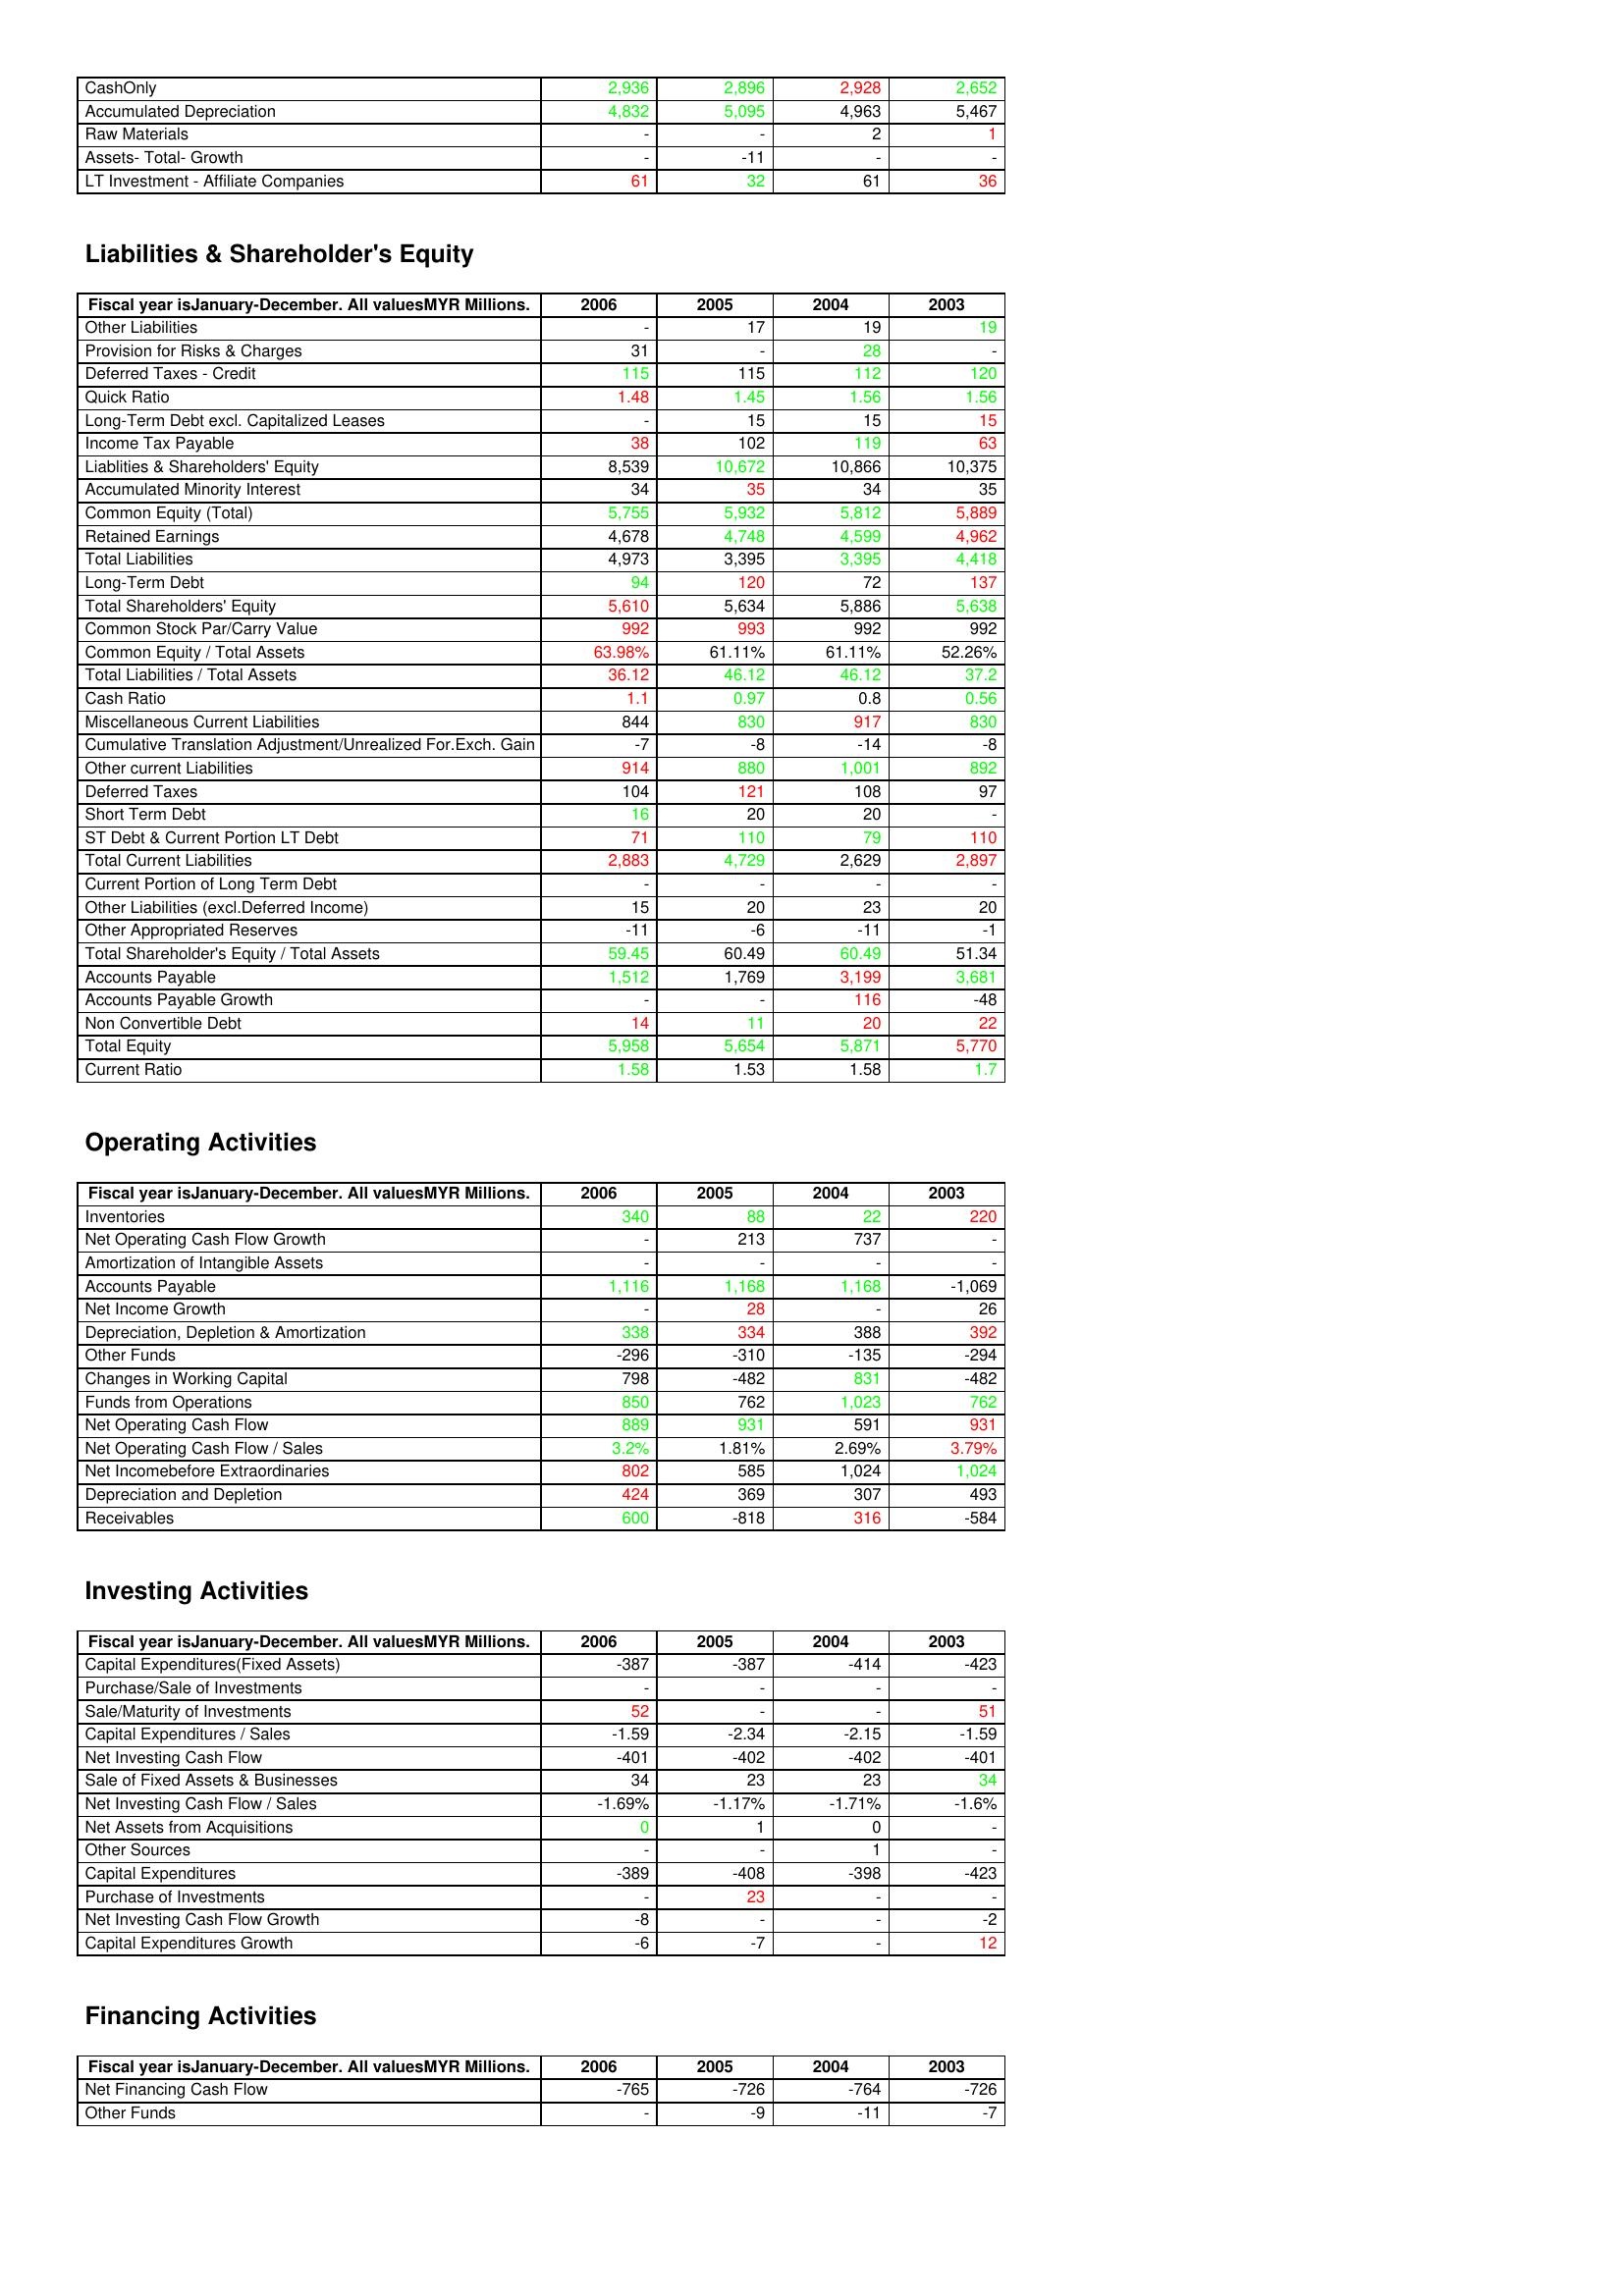
gt_parse: 2006: Assets: CashOnly: 2,936
Accumulated Depreciation: 4,832
Raw Materials: -
Assets- Total- Growth: -
LT Investment - Affiliate Companies: 61
Liabilities & Shareholder's Equity: Other Liabilities: -
Provision for Risks & Charges: 31
Deferred Taxes - Credit: 115
Quick Ratio: 1.48
Long-Term Debt excl. Capitalized Leases: -
Income Tax Payable: 38
Liablities & Shareholders' Equity: 8,539
Accumulated Minority Interest: 34
Common Equity (Total): 5,755
Retained Earnings: 4,678
Total Liabilities: 4,973
Long-Term Debt: 94
Total Shareholders' Equity: 5,610
Common Stock Par/Carry Value: 992
Common Equity / Total Assets: 63.98%
Total Liabilities / Total Assets: 36.12
Cash Ratio: 1.1
Miscellaneous Current Liabilities: 844
Cumulative Translation Adjustment/Unrealized For.Exch. Gain: -7
Other current Liabilities: 914
Deferred Taxes: 104
Short Term Debt: 16
ST Debt & Current Portion LT Debt: 71
Total Current Liabilities: 2,883
Current Portion of Long Term Debt: -
Other Liabilities (excl.Deferred Income): 15
Other Appropriated Reserves: -11
Total Shareholder's Equity / Total Assets: 59.45
Accounts Payable: 1,512
Accounts Payable Growth: -
Non Convertible Debt: 14
Total Equity: 5,958
Current Ratio: 1.58
Operating Activities: Inventories: 340
Net Operating Cash Flow Growth: -
Amortization of Intangible Assets: -
Accounts Payable: 1,116
Net Income Growth: -
Depreciation, Depletion & Amortization: 338
Other Funds: -296
Changes in Working Capital: 798
Funds from Operations: 850
Net Operating Cash Flow: 889
Net Operating Cash Flow / Sales: 3.2%
Net Incomebefore Extraordinaries: 802
Depreciation and Depletion: 424
Receivables: 600
Investing Activities: Capital Expenditures(Fixed Assets): -387
Purchase/Sale of Investments: -
Sale/Maturity of Investments: 52
Capital Expenditures / Sales: -1.59
Net Investing Cash Flow: -401
Sale of Fixed Assets & Businesses: 34
Net Investing Cash Flow / Sales: -1.69%
Net Assets from Acquisitions: 0
Other Sources: -
Capital Expenditures: -389
Purchase of Investments: -
Net Investing Cash Flow Growth: -8
Capital Expenditures Growth: -6
Financing Activities: Net Financing Cash Flow: -765
Other Funds: -
2005: Assets: CashOnly: 2,896
Accumulated Depreciation: 5,095
Raw Materials: -
Assets- Total- Growth: -11
LT Investment - Affiliate Companies: 32
Liabilities & Shareholder's Equity: Other Liabilities: 17
Provision for Risks & Charges: -
Deferred Taxes - Credit: 115
Quick Ratio: 1.45
Long-Term Debt excl. Capitalized Leases: 15
Income Tax Payable: 102
Liablities & Shareholders' Equity: 10,672
Accumulated Minority Interest: 35
Common Equity (Total): 5,932
Retained Earnings: 4,748
Total Liabilities: 3,395
Long-Term Debt: 120
Total Shareholders' Equity: 5,634
Common Stock Par/Carry Value: 993
Common Equity / Total Assets: 61.11%
Total Liabilities / Total Assets: 46.12
Cash Ratio: 0.97
Miscellaneous Current Liabilities: 830
Cumulative Translation Adjustment/Unrealized For.Exch. Gain: -8
Other current Liabilities: 880
Deferred Taxes: 121
Short Term Debt: 20
ST Debt & Current Portion LT Debt: 110
Total Current Liabilities: 4,729
Current Portion of Long Term Debt: -
Other Liabilities (excl.Deferred Income): 20
Other Appropriated Reserves: -6
Total Shareholder's Equity / Total Assets: 60.49
Accounts Payable: 1,769
Accounts Payable Growth: -
Non Convertible Debt: 11
Total Equity: 5,654
Current Ratio: 1.53
Operating Activities: Inventories: 88
Net Operating Cash Flow Growth: 213
Amortization of Intangible Assets: -
Accounts Payable: 1,168
Net Income Growth: 28
Depreciation, Depletion & Amortization: 334
Other Funds: -310
Changes in Working Capital: -482
Funds from Operations: 762
Net Operating Cash Flow: 931
Net Operating Cash Flow / Sales: 1.81%
Net Incomebefore Extraordinaries: 585
Depreciation and Depletion: 369
Receivables: -818
Investing Activities: Capital Expenditures(Fixed Assets): -387
Purchase/Sale of Investments: -
Sale/Maturity of Investments: -
Capital Expenditures / Sales: -2.34
Net Investing Cash Flow: -402
Sale of Fixed Assets & Businesses: 23
Net Investing Cash Flow / Sales: -1.17%
Net Assets from Acquisitions: 1
Other Sources: -
Capital Expenditures: -408
Purchase of Investments: 23
Net Investing Cash Flow Growth: -
Capital Expenditures Growth: -7
Financing Activities: Net Financing Cash Flow: -726
Other Funds: -9
2004: Assets: CashOnly: 2,928
Accumulated Depreciation: 4,963
Raw Materials: 2
Assets- Total- Growth: -
LT Investment - Affiliate Companies: 61
Liabilities & Shareholder's Equity: Other Liabilities: 19
Provision for Risks & Charges: 28
Deferred Taxes - Credit: 112
Quick Ratio: 1.56
Long-Term Debt excl. Capitalized Leases: 15
Income Tax Payable: 119
Liablities & Shareholders' Equity: 10,866
Accumulated Minority Interest: 34
Common Equity (Total): 5,812
Retained Earnings: 4,599
Total Liabilities: 3,395
Long-Term Debt: 72
Total Shareholders' Equity: 5,886
Common Stock Par/Carry Value: 992
Common Equity / Total Assets: 61.11%
Total Liabilities / Total Assets: 46.12
Cash Ratio: 0.8
Miscellaneous Current Liabilities: 917
Cumulative Translation Adjustment/Unrealized For.Exch. Gain: -14
Other current Liabilities: 1,001
Deferred Taxes: 108
Short Term Debt: 20
ST Debt & Current Portion LT Debt: 79
Total Current Liabilities: 2,629
Current Portion of Long Term Debt: -
Other Liabilities (excl.Deferred Income): 23
Other Appropriated Reserves: -11
Total Shareholder's Equity / Total Assets: 60.49
Accounts Payable: 3,199
Accounts Payable Growth: 116
Non Convertible Debt: 20
Total Equity: 5,871
Current Ratio: 1.58
Operating Activities: Inventories: 22
Net Operating Cash Flow Growth: 737
Amortization of Intangible Assets: -
Accounts Payable: 1,168
Net Income Growth: -
Depreciation, Depletion & Amortization: 388
Other Funds: -135
Changes in Working Capital: 831
Funds from Operations: 1,023
Net Operating Cash Flow: 591
Net Operating Cash Flow / Sales: 2.69%
Net Incomebefore Extraordinaries: 1,024
Depreciation and Depletion: 307
Receivables: 316
Investing Activities: Capital Expenditures(Fixed Assets): -414
Purchase/Sale of Investments: -
Sale/Maturity of Investments: -
Capital Expenditures / Sales: -2.15
Net Investing Cash Flow: -402
Sale of Fixed Assets & Businesses: 23
Net Investing Cash Flow / Sales: -1.71%
Net Assets from Acquisitions: 0
Other Sources: 1
Capital Expenditures: -398
Purchase of Investments: -
Net Investing Cash Flow Growth: -
Capital Expenditures Growth: -
Financing Activities: Net Financing Cash Flow: -764
Other Funds: -11
2003: Assets: CashOnly: 2,652
Accumulated Depreciation: 5,467
Raw Materials: 1
Assets- Total- Growth: -
LT Investment - Affiliate Companies: 36
Liabilities & Shareholder's Equity: Other Liabilities: 19
Provision for Risks & Charges: -
Deferred Taxes - Credit: 120
Quick Ratio: 1.56
Long-Term Debt excl. Capitalized Leases: 15
Income Tax Payable: 63
Liablities & Shareholders' Equity: 10,375
Accumulated Minority Interest: 35
Common Equity (Total): 5,889
Retained Earnings: 4,962
Total Liabilities: 4,418
Long-Term Debt: 137
Total Shareholders' Equity: 5,638
Common Stock Par/Carry Value: 992
Common Equity / Total Assets: 52.26%
Total Liabilities / Total Assets: 37.2
Cash Ratio: 0.56
Miscellaneous Current Liabilities: 830
Cumulative Translation Adjustment/Unrealized For.Exch. Gain: -8
Other current Liabilities: 892
Deferred Taxes: 97
Short Term Debt: -
ST Debt & Current Portion LT Debt: 110
Total Current Liabilities: 2,897
Current Portion of Long Term Debt: -
Other Liabilities (excl.Deferred Income): 20
Other Appropriated Reserves: -1
Total Shareholder's Equity / Total Assets: 51.34
Accounts Payable: 3,681
Accounts Payable Growth: -48
Non Convertible Debt: 22
Total Equity: 5,770
Current Ratio: 1.7
Operating Activities: Inventories: 220
Net Operating Cash Flow Growth: -
Amortization of Intangible Assets: -
Accounts Payable: -1,069
Net Income Growth: 26
Depreciation, Depletion & Amortization: 392
Other Funds: -294
Changes in Working Capital: -482
Funds from Operations: 762
Net Operating Cash Flow: 931
Net Operating Cash Flow / Sales: 3.79%
Net Incomebefore Extraordinaries: 1,024
Depreciation and Depletion: 493
Receivables: -584
Investing Activities: Capital Expenditures(Fixed Assets): -423
Purchase/Sale of Investments: -
Sale/Maturity of Investments: 51
Capital Expenditures / Sales: -1.59
Net Investing Cash Flow: -401
Sale of Fixed Assets & Businesses: 34
Net Investing Cash Flow / Sales: -1.6%
Net Assets from Acquisitions: -
Other Sources: -
Capital Expenditures: -423
Purchase of Investments: -
Net Investing Cash Flow Growth: -2
Capital Expenditures Growth: 12
Financing Activities: Net Financing Cash Flow: -726
Other Funds: -7